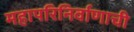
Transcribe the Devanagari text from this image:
महापरिनिर्वाणाची